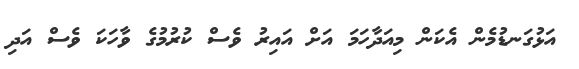
އަޅުގަނޑުމެން އެކަން މިއަދާހަމަ އަށް އައިރު ވެސް ކުރުމުގެ ވާހަކަ ވެސް އަދި